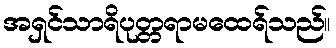
အရှင်သာရိပုတ္တရာမထေရ်သည်။